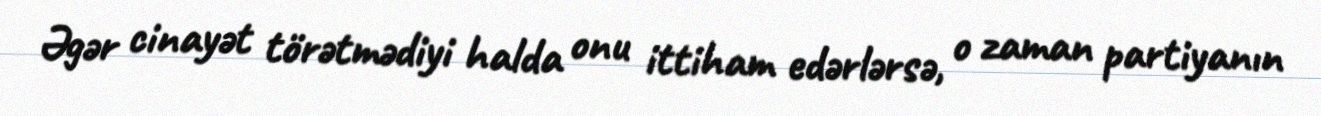
Əgər cinayət törətmədiyi halda onu ittiham edərlərsə, o zaman partiyanın